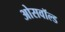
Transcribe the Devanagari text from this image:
ओसवॉल्ड